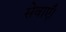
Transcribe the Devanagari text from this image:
सेवाएँ।